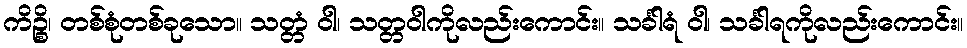
ကိဉ္စိ၊ တစ်စုံတစ်ခုသော။ သတ္တံ ဝါ၊ သတ္တဝါကိုလည်းကောင်း။ သင်္ခါရံ ဝါ၊ သင်္ခါရကိုလည်းကောင်း။